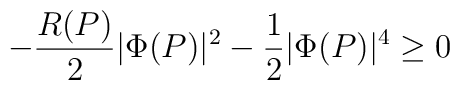
-\frac{R(P)}{2}|\Phi(P)|^2-\frac{1}{2}|\Phi(P)|^4\ge 0